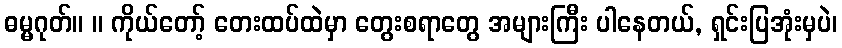
ဓမ္မဂုတ်။ ။ ကိုယ်တော့် တေးထပ်ထဲမှာ တွေးစရာတွေ အများကြီး ပါနေတယ်, ရှင်းပြအုံးမှပဲ၊